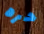
حره